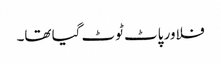
فلاور پاٹ ٹوٹ گیا تھا۔